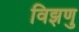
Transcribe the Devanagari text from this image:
विझणु